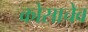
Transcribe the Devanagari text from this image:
कोसाचेव